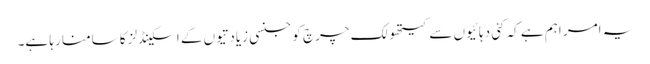
یہ امر اہم ہے کہ کئی دہائیوں سے کیتھولک چرچ کو جنسی زیادتیوں کے اسکینڈلز کا سامنا رہا ہے۔